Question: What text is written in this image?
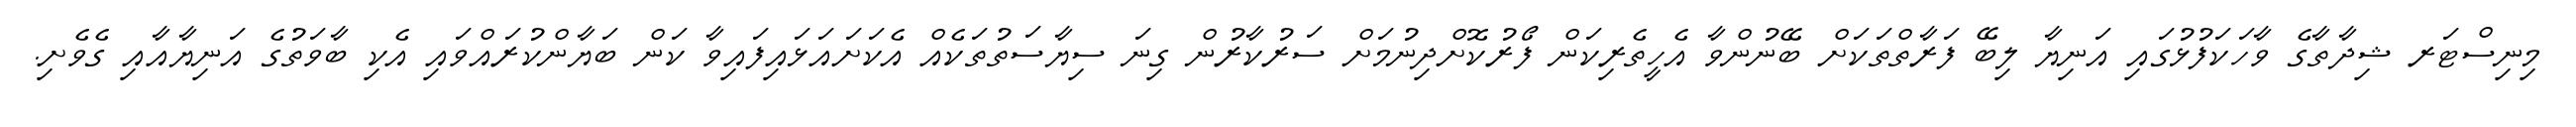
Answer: މިނިސްޓަރ ޝިދާތާގެ ވާހަކަފުޅުގައި އަނިޔާ ލިބޭ ފަރާތްތަކަށް ބޭނުންވާ އެހީތެރިކަން ފޯރުކޮށްދިނުމަށް ސަރުކާރުން ގިނަ ސިޔާސަތުތަކެއް އެކަށައަޅައިފައިވާ ކަން ބަޔާންކުރައްވައި އެކި ބާވަތުގެ އަނިޔާއާއި ގެވެށި.